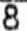
8